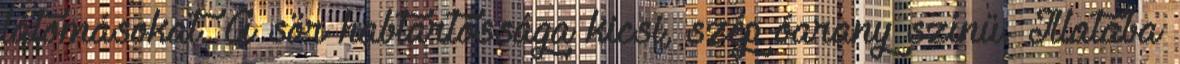
látomásokat. A sör habtartóssága kicsi, szép óarany színű. Illatába